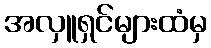
အလှူရှင်များထံမှ